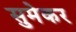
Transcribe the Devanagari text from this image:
सुमेकर